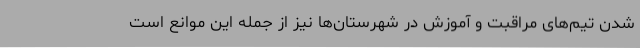
شدن تیم‌های مراقبت و آموزش در شهرستان‌ها نیز از جمله این موانع است